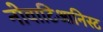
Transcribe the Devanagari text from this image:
नोवाटिआनिस्ट